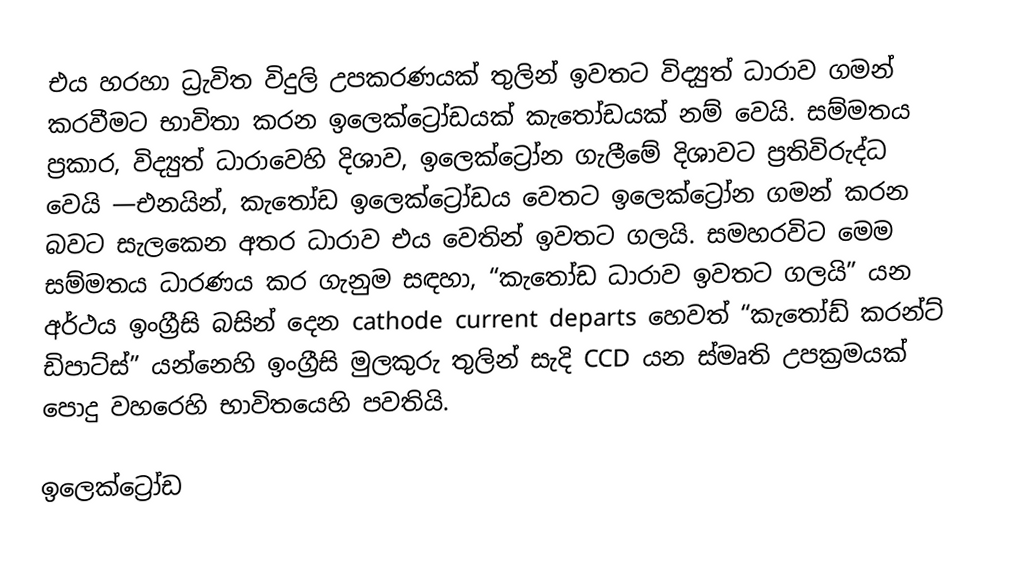
එය හරහා ධ්‍රැවිත විදුලි උපකරණයක් තුලින් ඉවතට  විද්‍යුත් ධාරාව ගමන් කරවීමට භාවිතා කරන  ඉලෙක්ට්‍රෝඩයක්  කැතෝඩයක් නම් වෙයි. සම්මතය ප්‍රකාර, විද්‍යුත් ධාරාවෙහි දිශාව,  ඉලෙක්ට්‍රෝන ගැලීමේ දිශාවට ප්‍රතිවිරුද්ධ වෙයි —එනයින්, කැතෝඩ ඉලෙක්ට්‍රෝඩය වෙතට ඉලෙක්ට්‍රෝන ගමන් කරන බවට සැලකෙන අතර ධාරාව එය වෙතින් ඉවතට ගලයි. සමහරවිට  මෙම සම්මතය ධාරණය කර ගැනුම සඳහා, “කැතෝඩ ධාරාව ඉවතට ගලයි” යන අර්ථය ඉංග්‍රීසි බසින් දෙන cathode current departs හෙවත් “කැතෝඩ් කරන්ට් ඩිපාට්ස්” යන්නෙහි ඉංග්‍රීසි මුලකුරු තුලින් සැදි  CCD යන ස්මෘති උපක්‍රමයක් පොදු වහරෙහි භාවිතයෙහි පවතියි.

ඉලෙක්ට්‍රෝඩ